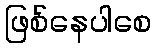
ဖြစ်နေပါစေ